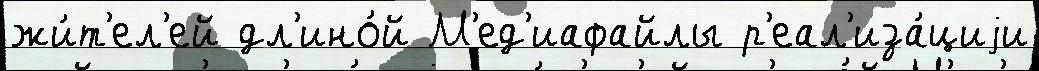
жи́т'ел'ей дл'ино́й М'ед'иафайлы р'еал'иза́циjи